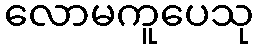
လောမကူပေသု